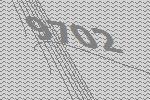
9702